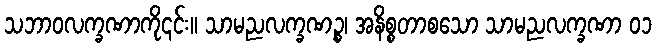
သဘာဝလက္ခဏာကို၎င်း။ သာမညလက္ခဏဉ္စ၊ အနိစ္စတာစသော သာမညလက္ခဏာ ၀၁